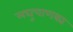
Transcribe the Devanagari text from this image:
लघुचाणक्य